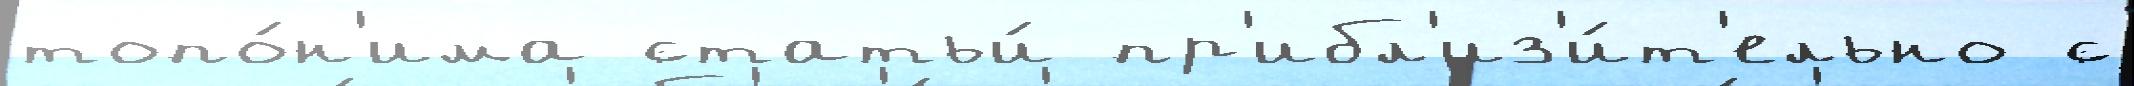
топо́н'има статьи́ пр'ибл'из'и́т'ельно с